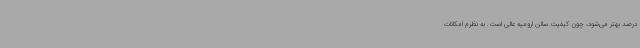
درصد بهتر می‌شود، چون کیفیت سالن ارومیه عالی است. به نظرم امکانات